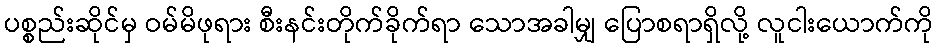
ပစ္စည်းဆိုင်မှ ဝမ်မိဖုရား စီးနင်းတိုက်ခိုက်ရာ သောအခါမျှ ပြောစရာရှိလို့ လူငါးယောက်ကို